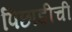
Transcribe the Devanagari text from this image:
पिछाडीची